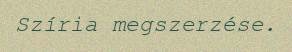
Szíria megszerzése.